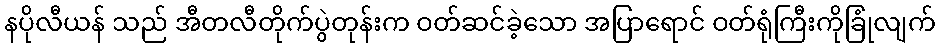
နပိုလီယန် သည် အီတလီတိုက်ပွဲတုန်းက ဝတ်ဆင်ခဲ့သော အပြာရောင် ဝတ်ရုံကြီးကိုခြုံလျက်